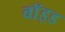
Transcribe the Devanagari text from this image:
वाॅइड